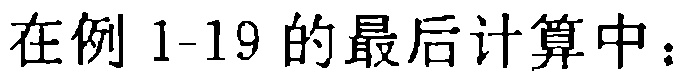
在例 1-19 的最后计算中：